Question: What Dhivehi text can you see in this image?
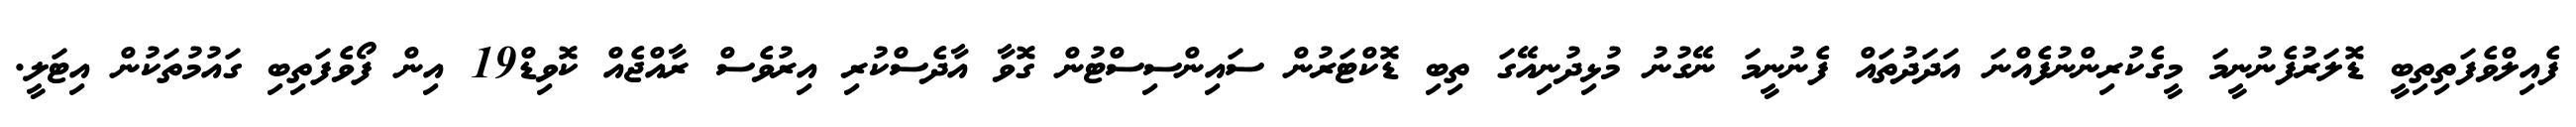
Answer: ފެއިލްވެފަތިތިބީ ޑޮލަރުފެނުނީމަ މީގެކުރިންނުފެއްނަ އަދަދުތައް ފެނުނީމަ ނޭގުނު މުޅިދުނިއޭގަ ތިބި ޑޮކްޓަރުން ސައިންސިސްޓުން ގޮވާ އާދެސްކުރި އިރުވެސް ރާއްޖެއް ކޮވިޑް19 އިން ފޯވެފަތިބި ގައުމުތަކުން އިޓަލީ.